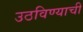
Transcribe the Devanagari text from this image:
उठविण्याची